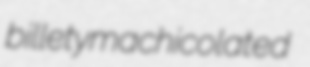
billety machicolated